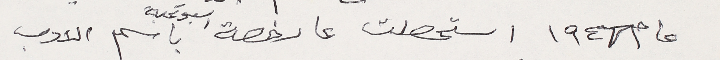
عام ١٩٤٦ استحصلت عا رخصة اسبوعية باسم الادب